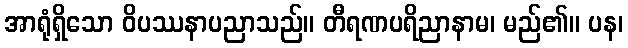
အာရုံရှိသော ဝိပဿနာပညာသည်။ တီရဏပရိညာနာမ၊ မည်၏။ ပန၊